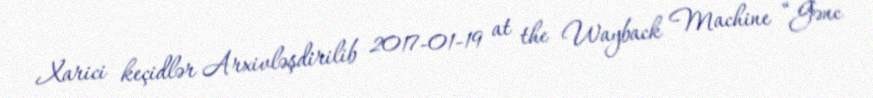
Xarici keçidlər Arxivləşdirilib 2017-01-19 at the Wayback Machine “Gənc